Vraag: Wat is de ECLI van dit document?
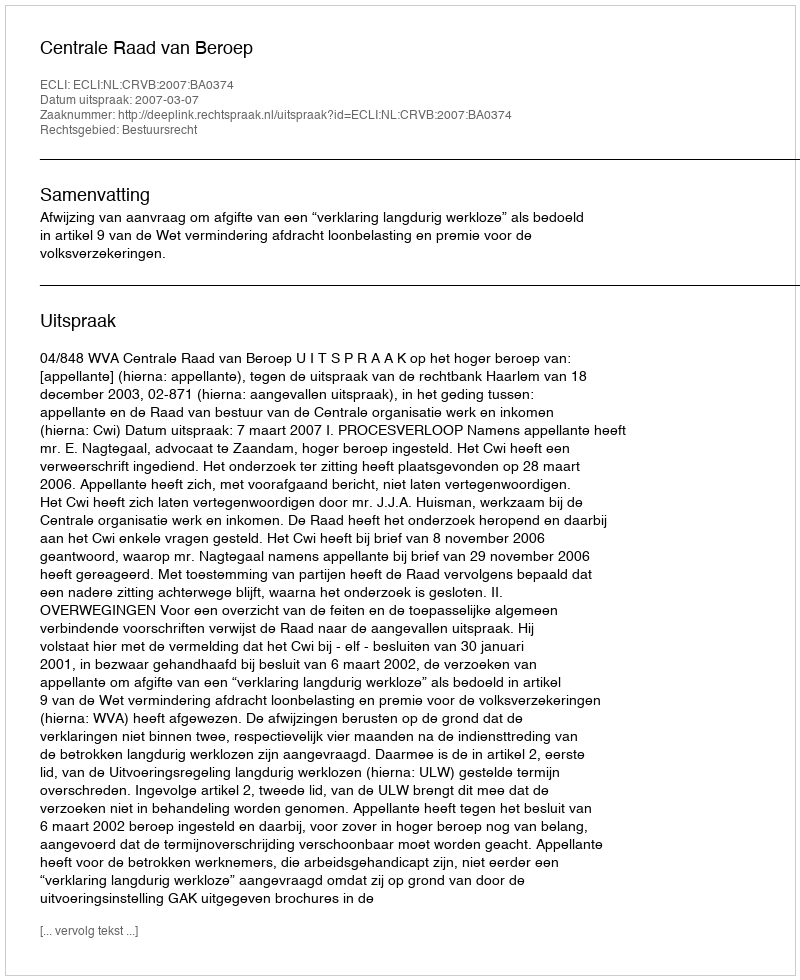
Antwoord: ECLI:NL:CRVB:2007:BA0374